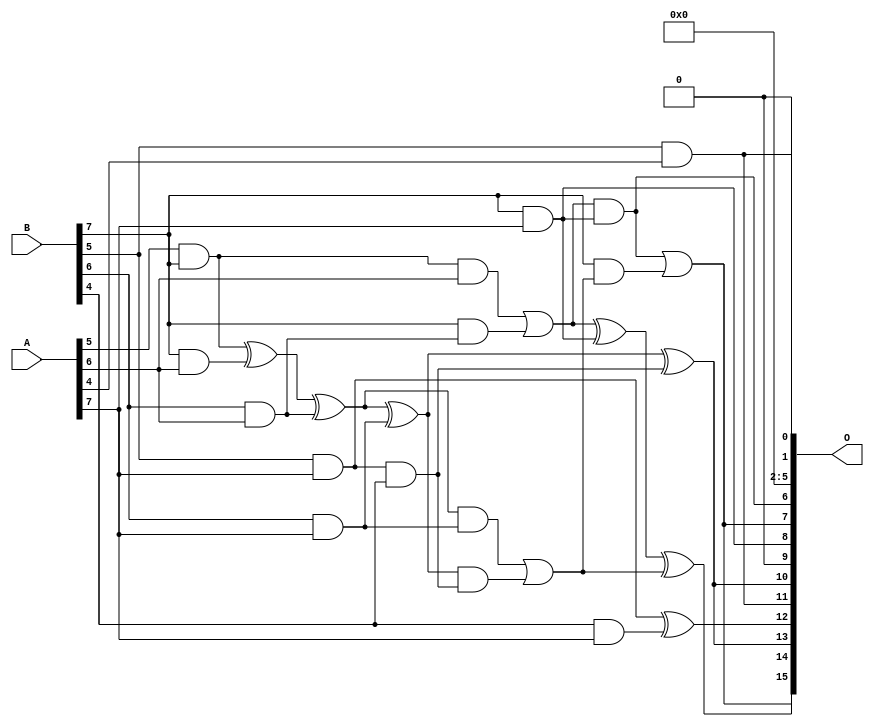
// This program was cloned from: https://github.com/ehw-fit/evoapproxlib
// License: MIT License

/***
* This code is a part of EvoApproxLib library (ehw.fit.vutbr.cz/approxlib) distributed under The MIT License.
* When used, please cite the following article(s): V. Mrazek, Z. Vasicek, L. Sekanina, H. Jiang and J. Han, "Scalable Construction of Approximate Multipliers With Formally Guaranteed Worst Case Error" in IEEE Transactions on Very Large Scale Integration (VLSI) Systems, vol. 26, no. 11, pp. 2572-2576, Nov. 2018. doi: 10.1109/TVLSI.2018.2856362 
* This file contains a circuit from a sub-set of pareto optimal circuits with respect to the pwr and mre parameters
***/
// MAE% = 0.000075 %
// MAE = 3230 
// WCE% = 0.00042 %
// WCE = 18075 
// WCRE% = 300.39 %
// EP% = 99.84 %
// MRE% = 0.0067 %
// MSE = 16238.254e3 
// PDK45_PWR = 1.648 mW
// PDK45_AREA = 2404.2 um2
// PDK45_DELAY = 2.44 ns

module mult8_cgp14zr_wc7391_rcam (
    A,
    B,
    O
);

input [7:0] A;
input [7:0] B;
output [15:0] O;

wire sig_242,sig_246,sig_251,sig_252,sig_253,sig_286,sig_288,sig_289,sig_290,sig_295,sig_296,sig_297,sig_298,sig_323,sig_324,sig_326,sig_327,sig_328,sig_329,sig_330;
wire sig_331,sig_332,sig_333,sig_334,sig_335;

assign sig_242 = A[5] & B[7];
assign sig_246 = sig_242 & A[6];
assign sig_251 = B[5] & A[4];
assign sig_252 = B[6] & A[6];
assign sig_253 = B[7] & A[6];
assign sig_286 = sig_242 ^ sig_253;
assign sig_288 = B[7] & sig_252;
assign sig_289 = sig_286 ^ sig_252;
assign sig_290 = sig_246 | sig_288;
assign sig_295 = B[4] & A[7];
assign sig_296 = B[5] & A[7];
assign sig_297 = B[6] & A[7];
assign sig_298 = B[7] & A[7];
assign sig_323 = sig_296 & B[4];
assign sig_324 = sig_296 ^ sig_295;
assign sig_326 = sig_289 ^ sig_297;
assign sig_327 = sig_289 & sig_297;
assign sig_328 = sig_326 & sig_323;
assign sig_329 = sig_326 ^ sig_323;
assign sig_330 = sig_327 | sig_328;
assign sig_331 = sig_290 ^ sig_298;
assign sig_332 = sig_290 & sig_298;
assign sig_333 = B[7] & sig_330;
assign sig_334 = sig_331 ^ sig_330;
assign sig_335 = sig_332 | sig_333;

assign O[15] = sig_335;
assign O[14] = sig_334;
assign O[13] = sig_329;
assign O[12] = sig_324;
assign O[11] = sig_251;
assign O[10] = sig_329;
assign O[9] = 1'b0;
assign O[8] = sig_298;
assign O[7] = sig_335;
assign O[6] = sig_332;
assign O[5] = 1'b0;
assign O[4] = 1'b0;
assign O[3] = 1'b0;
assign O[2] = 1'b0;
assign O[1] = sig_251;
assign O[0] = 1'b0;

endmodule

module mult8_cgp14ep_ep64716_wc26_csamrca (
    A,
    B,
    O
);

input [7:0] A;
input [7:0] B;
output [15:0] O;

wire sig_20,sig_21,sig_22,sig_23,sig_27,sig_28,sig_29,sig_30,sig_31,sig_38,sig_39,sig_40,sig_41,sig_42,sig_43,sig_44,sig_45,sig_48,sig_49,sig_50;
wire sig_51,sig_52,sig_53,sig_63,sig_64,sig_65,sig_69,sig_70,sig_71,sig_72,sig_73,sig_74,sig_75,sig_76,sig_77,sig_78,sig_79,sig_80,sig_81,sig_82;
wire sig_83,sig_84,sig_85,sig_87,sig_88,sig_91,sig_92,sig_93,sig_94,sig_95,sig_96,sig_103,sig_105,sig_107,sig_108,sig_109,sig_110,sig_111,sig_112,sig_113;
wire sig_114,sig_115,sig_116,sig_117,sig_118,sig_119,sig_120,sig_121,sig_122,sig_123,sig_124,sig_125,sig_126,sig_127,sig_128,sig_129,sig_130,sig_131,sig_132,sig_133;
wire sig_134,sig_135,sig_136,sig_137,sig_138,sig_139,sig_140,sig_141,sig_145,sig_146,sig_147,sig_148,sig_149,sig_150,sig_151,sig_152,sig_153,sig_154,sig_155,sig_156;
wire sig_157,sig_158,sig_159,sig_160,sig_161,sig_162,sig_163,sig_164,sig_165,sig_166,sig_167,sig_168,sig_169,sig_170,sig_171,sig_172,sig_173,sig_174,sig_175,sig_176;
wire sig_177,sig_178,sig_179,sig_180,sig_181,sig_182,sig_183,sig_184,sig_185,sig_186,sig_187,sig_188,sig_189,sig_190,sig_191,sig_192,sig_193,sig_194,sig_195,sig_196;
wire sig_197,sig_198,sig_199,sig_200,sig_201,sig_202,sig_203,sig_204,sig_205,sig_206,sig_207,sig_208,sig_209,sig_210,sig_211,sig_212,sig_213,sig_214,sig_215,sig_216;
wire sig_217,sig_218,sig_219,sig_220,sig_221,sig_222,sig_223,sig_224,sig_225,sig_226,sig_227,sig_228,sig_229,sig_230,sig_231,sig_232,sig_233,sig_234,sig_235,sig_236;
wire sig_237,sig_238,sig_239,sig_240,sig_241,sig_242,sig_243,sig_244,sig_245,sig_246,sig_247,sig_248,sig_249,sig_250,sig_251,sig_252,sig_253,sig_254,sig_255,sig_256;
wire sig_257,sig_258,sig_259,sig_260,sig_261,sig_262,sig_263,sig_264,sig_265,sig_266,sig_267,sig_268,sig_269,sig_270,sig_271,sig_272,sig_273,sig_274,sig_275,sig_276;
wire sig_277,sig_278,sig_279,sig_280,sig_281,sig_282,sig_283,sig_284,sig_285,sig_286,sig_287,sig_288,sig_289,sig_290,sig_291,sig_292,sig_293,sig_294,sig_295,sig_296;
wire sig_297,sig_298,sig_299,sig_300,sig_301,sig_302,sig_303,sig_304,sig_305,sig_306,sig_307,sig_308,sig_309,sig_310,sig_311,sig_312,sig_313,sig_314,sig_315,sig_316;
wire sig_317,sig_318,sig_319,sig_320,sig_321,sig_322,sig_323,sig_324,sig_325,sig_326,sig_327,sig_328,sig_329,sig_330,sig_331,sig_332,sig_333,sig_334,sig_335;

assign sig_20 = B[4] & A[0];
assign sig_21 = B[5] & A[0];
assign sig_22 = B[6] & A[0];
assign sig_23 = B[7] & A[0];
assign sig_27 = B[3] & A[1];
assign sig_28 = B[4] & A[1];
assign sig_29 = B[5] & A[1];
assign sig_30 = B[6] & A[1];
assign sig_31 = B[7] & A[1];
assign sig_38 = sig_20 | sig_27;
assign sig_39 = sig_20 & sig_27;
assign sig_40 = sig_21 ^ sig_28;
assign sig_41 = sig_21 & sig_28;
assign sig_42 = sig_22 ^ sig_29;
assign sig_43 = sig_22 & sig_29;
assign sig_44 = sig_23 ^ sig_30;
assign sig_45 = sig_23 & sig_30;
assign sig_48 = B[2] & A[2];
assign sig_49 = B[3] & A[2];
assign sig_50 = B[4] & A[2];
assign sig_51 = B[5] & A[2];
assign sig_52 = B[6] & A[2];
assign sig_53 = B[7] & A[2];
assign sig_63 = A[3] & B[1];
assign sig_64 = sig_38 | sig_48;
assign sig_65 = sig_38 & sig_48;
assign sig_69 = sig_40 ^ sig_49;
assign sig_70 = sig_40 & sig_49;
assign sig_71 = sig_69 & sig_39;
assign sig_72 = sig_69 ^ sig_39;
assign sig_73 = sig_70 | sig_71;
assign sig_74 = sig_42 ^ sig_50;
assign sig_75 = sig_42 & sig_50;
assign sig_76 = sig_74 & sig_41;
assign sig_77 = sig_74 ^ sig_41;
assign sig_78 = sig_75 | sig_76;
assign sig_79 = sig_44 ^ sig_51;
assign sig_80 = sig_44 & sig_51;
assign sig_81 = sig_79 & sig_43;
assign sig_82 = sig_79 ^ sig_43;
assign sig_83 = sig_80 | sig_81;
assign sig_84 = sig_31 ^ sig_52;
assign sig_85 = sig_31 & sig_52;
assign sig_87 = sig_84 ^ sig_45;
assign sig_88 = sig_85 | sig_45;
assign sig_91 = B[2] & A[3];
assign sig_92 = B[3] & A[3];
assign sig_93 = B[4] & A[3];
assign sig_94 = B[5] & A[3];
assign sig_95 = B[6] & A[3];
assign sig_96 = B[7] & A[3];
assign sig_103 = sig_64 & sig_63;
assign sig_105 = sig_64 | sig_63;
assign sig_107 = sig_72 ^ sig_91;
assign sig_108 = sig_72 & sig_91;
assign sig_109 = sig_107 & sig_65;
assign sig_110 = sig_107 ^ sig_65;
assign sig_111 = sig_108 | sig_109;
assign sig_112 = sig_77 ^ sig_92;
assign sig_113 = sig_77 & sig_92;
assign sig_114 = sig_112 & sig_73;
assign sig_115 = sig_112 ^ sig_73;
assign sig_116 = sig_113 | sig_114;
assign sig_117 = sig_82 ^ sig_93;
assign sig_118 = sig_82 & sig_93;
assign sig_119 = sig_117 & sig_78;
assign sig_120 = sig_117 ^ sig_78;
assign sig_121 = sig_118 | sig_119;
assign sig_122 = sig_87 ^ sig_94;
assign sig_123 = sig_87 & sig_94;
assign sig_124 = sig_122 & sig_83;
assign sig_125 = sig_122 ^ sig_83;
assign sig_126 = sig_123 | sig_124;
assign sig_127 = sig_53 ^ sig_95;
assign sig_128 = sig_53 & sig_95;
assign sig_129 = sig_127 & sig_88;
assign sig_130 = sig_127 ^ sig_88;
assign sig_131 = sig_128 | sig_129;
assign sig_132 = B[0] & A[4];
assign sig_133 = B[1] & A[4];
assign sig_134 = B[2] & A[4];
assign sig_135 = B[3] & A[4];
assign sig_136 = B[4] & A[4];
assign sig_137 = B[5] & A[4];
assign sig_138 = B[6] & A[4];
assign sig_139 = B[7] & A[4];
assign sig_140 = sig_105 ^ sig_132;
assign sig_141 = sig_105 & sig_132;
assign sig_145 = sig_110 ^ sig_133;
assign sig_146 = sig_110 & sig_133;
assign sig_147 = sig_145 & sig_103;
assign sig_148 = sig_145 ^ sig_103;
assign sig_149 = sig_146 | sig_147;
assign sig_150 = sig_115 ^ sig_134;
assign sig_151 = sig_115 & sig_134;
assign sig_152 = sig_150 & sig_111;
assign sig_153 = sig_150 ^ sig_111;
assign sig_154 = sig_151 | sig_152;
assign sig_155 = sig_120 ^ sig_135;
assign sig_156 = sig_120 & sig_135;
assign sig_157 = sig_155 & sig_116;
assign sig_158 = sig_155 ^ sig_116;
assign sig_159 = sig_156 | sig_157;
assign sig_160 = sig_125 ^ sig_136;
assign sig_161 = sig_125 & sig_136;
assign sig_162 = sig_160 & sig_121;
assign sig_163 = sig_160 ^ sig_121;
assign sig_164 = sig_161 | sig_162;
assign sig_165 = sig_130 ^ sig_137;
assign sig_166 = sig_130 & sig_137;
assign sig_167 = sig_165 & sig_126;
assign sig_168 = sig_165 ^ sig_126;
assign sig_169 = sig_166 | sig_167;
assign sig_170 = sig_96 ^ sig_138;
assign sig_171 = sig_96 & sig_138;
assign sig_172 = sig_170 & sig_131;
assign sig_173 = sig_170 ^ sig_131;
assign sig_174 = sig_171 | sig_172;
assign sig_175 = B[0] & A[5];
assign sig_176 = B[1] & A[5];
assign sig_177 = B[2] & A[5];
assign sig_178 = B[3] & A[5];
assign sig_179 = B[4] & A[5];
assign sig_180 = B[5] & A[5];
assign sig_181 = B[6] & A[5];
assign sig_182 = B[7] & A[5];
assign sig_183 = sig_148 ^ sig_175;
assign sig_184 = sig_148 & sig_175;
assign sig_185 = sig_183 & sig_141;
assign sig_186 = sig_183 ^ sig_141;
assign sig_187 = sig_184 | sig_185;
assign sig_188 = sig_153 ^ sig_176;
assign sig_189 = sig_153 & sig_176;
assign sig_190 = sig_188 & sig_149;
assign sig_191 = sig_188 ^ sig_149;
assign sig_192 = sig_189 | sig_190;
assign sig_193 = sig_158 ^ sig_177;
assign sig_194 = sig_158 & sig_177;
assign sig_195 = sig_193 & sig_154;
assign sig_196 = sig_193 ^ sig_154;
assign sig_197 = sig_194 | sig_195;
assign sig_198 = sig_163 ^ sig_178;
assign sig_199 = sig_163 & sig_178;
assign sig_200 = sig_198 & sig_159;
assign sig_201 = sig_198 ^ sig_159;
assign sig_202 = sig_199 | sig_200;
assign sig_203 = sig_168 ^ sig_179;
assign sig_204 = sig_168 & sig_179;
assign sig_205 = sig_203 & sig_164;
assign sig_206 = sig_203 ^ sig_164;
assign sig_207 = sig_204 | sig_205;
assign sig_208 = sig_173 ^ sig_180;
assign sig_209 = sig_173 & sig_180;
assign sig_210 = sig_208 & sig_169;
assign sig_211 = sig_208 ^ sig_169;
assign sig_212 = sig_209 | sig_210;
assign sig_213 = sig_139 ^ sig_181;
assign sig_214 = sig_139 & sig_181;
assign sig_215 = sig_213 & sig_174;
assign sig_216 = sig_213 ^ sig_174;
assign sig_217 = sig_214 | sig_215;
assign sig_218 = B[0] & A[6];
assign sig_219 = B[1] & A[6];
assign sig_220 = B[2] & A[6];
assign sig_221 = B[3] & A[6];
assign sig_222 = B[4] & A[6];
assign sig_223 = B[5] & A[6];
assign sig_224 = B[6] & A[6];
assign sig_225 = B[7] & A[6];
assign sig_226 = sig_191 ^ sig_218;
assign sig_227 = sig_191 & sig_218;
assign sig_228 = sig_226 & sig_187;
assign sig_229 = sig_226 ^ sig_187;
assign sig_230 = sig_227 | sig_228;
assign sig_231 = sig_196 ^ sig_219;
assign sig_232 = sig_196 & sig_219;
assign sig_233 = sig_231 & sig_192;
assign sig_234 = sig_231 ^ sig_192;
assign sig_235 = sig_232 | sig_233;
assign sig_236 = sig_201 ^ sig_220;
assign sig_237 = sig_201 & sig_220;
assign sig_238 = sig_236 & sig_197;
assign sig_239 = sig_236 ^ sig_197;
assign sig_240 = sig_237 | sig_238;
assign sig_241 = sig_206 ^ sig_221;
assign sig_242 = sig_206 & sig_221;
assign sig_243 = sig_241 & sig_202;
assign sig_244 = sig_241 ^ sig_202;
assign sig_245 = sig_242 | sig_243;
assign sig_246 = sig_211 ^ sig_222;
assign sig_247 = sig_211 & sig_222;
assign sig_248 = sig_246 & sig_207;
assign sig_249 = sig_246 ^ sig_207;
assign sig_250 = sig_247 | sig_248;
assign sig_251 = sig_216 ^ sig_223;
assign sig_252 = sig_216 & sig_223;
assign sig_253 = sig_251 & sig_212;
assign sig_254 = sig_251 ^ sig_212;
assign sig_255 = sig_252 | sig_253;
assign sig_256 = sig_182 ^ sig_224;
assign sig_257 = sig_182 & sig_224;
assign sig_258 = sig_256 & sig_217;
assign sig_259 = sig_256 ^ sig_217;
assign sig_260 = sig_257 | sig_258;
assign sig_261 = B[0] & A[7];
assign sig_262 = B[1] & A[7];
assign sig_263 = B[2] & A[7];
assign sig_264 = B[3] & A[7];
assign sig_265 = B[4] & A[7];
assign sig_266 = B[5] & A[7];
assign sig_267 = B[6] & A[7];
assign sig_268 = B[7] & A[7];
assign sig_269 = sig_234 ^ sig_261;
assign sig_270 = sig_234 & sig_261;
assign sig_271 = sig_269 & sig_230;
assign sig_272 = sig_269 ^ sig_230;
assign sig_273 = sig_270 | sig_271;
assign sig_274 = sig_239 ^ sig_262;
assign sig_275 = sig_239 & sig_262;
assign sig_276 = sig_274 & sig_235;
assign sig_277 = sig_274 ^ sig_235;
assign sig_278 = sig_275 | sig_276;
assign sig_279 = sig_244 ^ sig_263;
assign sig_280 = sig_244 & sig_263;
assign sig_281 = sig_279 & sig_240;
assign sig_282 = sig_279 ^ sig_240;
assign sig_283 = sig_280 | sig_281;
assign sig_284 = sig_249 ^ sig_264;
assign sig_285 = sig_249 & sig_264;
assign sig_286 = sig_284 & sig_245;
assign sig_287 = sig_284 ^ sig_245;
assign sig_288 = sig_285 | sig_286;
assign sig_289 = sig_254 ^ sig_265;
assign sig_290 = sig_254 & sig_265;
assign sig_291 = sig_289 & sig_250;
assign sig_292 = sig_289 ^ sig_250;
assign sig_293 = sig_290 | sig_291;
assign sig_294 = sig_259 ^ sig_266;
assign sig_295 = sig_259 & sig_266;
assign sig_296 = sig_294 & sig_255;
assign sig_297 = sig_294 ^ sig_255;
assign sig_298 = sig_295 | sig_296;
assign sig_299 = sig_225 ^ sig_267;
assign sig_300 = sig_225 & sig_267;
assign sig_301 = sig_299 & sig_260;
assign sig_302 = sig_299 ^ sig_260;
assign sig_303 = sig_300 | sig_301;
assign sig_304 = sig_277 ^ sig_273;
assign sig_305 = sig_277 & sig_273;
assign sig_306 = sig_282 ^ sig_278;
assign sig_307 = sig_282 & sig_278;
assign sig_308 = sig_306 & sig_305;
assign sig_309 = sig_306 ^ sig_305;
assign sig_310 = sig_307 | sig_308;
assign sig_311 = sig_287 ^ sig_283;
assign sig_312 = sig_287 & sig_283;
assign sig_313 = sig_311 & sig_310;
assign sig_314 = sig_311 ^ sig_310;
assign sig_315 = sig_312 | sig_313;
assign sig_316 = sig_292 ^ sig_288;
assign sig_317 = sig_292 & sig_288;
assign sig_318 = sig_316 & sig_315;
assign sig_319 = sig_316 ^ sig_315;
assign sig_320 = sig_317 | sig_318;
assign sig_321 = sig_297 ^ sig_293;
assign sig_322 = sig_297 & sig_293;
assign sig_323 = sig_321 & sig_320;
assign sig_324 = sig_321 ^ sig_320;
assign sig_325 = sig_322 | sig_323;
assign sig_326 = sig_302 ^ sig_298;
assign sig_327 = sig_302 & sig_298;
assign sig_328 = sig_326 & sig_325;
assign sig_329 = sig_326 ^ sig_325;
assign sig_330 = sig_327 | sig_328;
assign sig_331 = sig_268 ^ sig_303;
assign sig_332 = A[7] & sig_303;
assign sig_333 = sig_331 & sig_330;
assign sig_334 = sig_331 ^ sig_330;
assign sig_335 = sig_332 | sig_333;

assign O[15] = sig_335;
assign O[14] = sig_334;
assign O[13] = sig_329;
assign O[12] = sig_324;
assign O[11] = sig_319;
assign O[10] = sig_314;
assign O[9] = sig_309;
assign O[8] = sig_304;
assign O[7] = sig_272;
assign O[6] = sig_229;
assign O[5] = sig_186;
assign O[4] = sig_140;
assign O[3] = sig_105;
assign O[2] = sig_132;
assign O[1] = sig_218;
assign O[0] = 1'b0;

endmodule



module mul8_364(A, B, O);
  input [7:0] A;
  input [7:0] B;
  output [15:0] O;
  wire [2031:0] N;

  assign N[0] = A[0];
  assign N[1] = A[0];
  assign N[2] = A[1];
  assign N[3] = A[1];
  assign N[4] = A[2];
  assign N[5] = A[2];
  assign N[6] = A[3];
  assign N[7] = A[3];
  assign N[8] = A[4];
  assign N[9] = A[4];
  assign N[10] = A[5];
  assign N[11] = A[5];
  assign N[12] = A[6];
  assign N[13] = A[6];
  assign N[14] = A[7];
  assign N[15] = A[7];
  assign N[16] = B[0];
  assign N[17] = B[0];
  assign N[18] = B[1];
  assign N[19] = B[1];
  assign N[20] = B[2];
  assign N[21] = B[2];
  assign N[22] = B[3];
  assign N[23] = B[3];
  assign N[24] = B[4];
  assign N[25] = B[4];
  assign N[26] = B[5];
  assign N[27] = B[5];
  assign N[28] = B[6];
  assign N[29] = B[6];
  assign N[30] = B[7];
  assign N[31] = B[7];

  PDKGENAND2X1 n32(.A(N[0]), .B(N[16]), .Y(N[32]));
  PDKGENAND2X1 n48(.A(N[2]), .B(N[16]), .Y(N[48]));
  PDKGENAND2X1 n64(.A(N[4]), .B(N[16]), .Y(N[64]));
  PDKGENAND2X1 n82(.A(N[6]), .B(N[16]), .Y(N[82]));
  PDKGENAND2X1 n98(.A(N[8]), .B(N[16]), .Y(N[98]));
  PDKGENAND2X1 n114(.A(N[10]), .B(N[16]), .Y(N[114]));
  PDKGENAND2X1 n132(.A(N[12]), .B(N[16]), .Y(N[132]));
  PDKGENAND2X1 n148(.A(N[14]), .B(N[16]), .Y(N[148]));
  assign N[149] = N[148];
  PDKGENAND2X1 n164(.A(N[0]), .B(N[18]), .Y(N[164]));
  PDKGENBUFX2 n166(.A(N[149]), .Y(N[166]));
  assign N[167] = N[166];
  PDKGENAND2X1 n182(.A(N[2]), .B(N[18]), .Y(N[182]));
  PDKGENAND2X1 n198(.A(N[4]), .B(N[18]), .Y(N[198]));
  PDKGENAND2X1 n214(.A(N[6]), .B(N[18]), .Y(N[214]));
  PDKGENAND2X1 n232(.A(N[8]), .B(N[18]), .Y(N[232]));
  PDKGENAND2X1 n248(.A(N[10]), .B(N[18]), .Y(N[248]));
  PDKGENAND2X1 n264(.A(N[12]), .B(N[18]), .Y(N[264]));
  PDKGENAND2X1 n282(.A(N[14]), .B(N[18]), .Y(N[282]));
  PDKGENHAX1 n298(.A(N[48]), .B(N[164]), .YS(N[298]), .YC(N[299]));
  PDKGENHAX1 n314(.A(N[64]), .B(N[182]), .YS(N[314]), .YC(N[315]));
  PDKGENHAX1 n332(.A(N[82]), .B(N[198]), .YS(N[332]), .YC(N[333]));
  PDKGENHAX1 n348(.A(N[98]), .B(N[214]), .YS(N[348]), .YC(N[349]));
  PDKGENHAX1 n364(.A(N[114]), .B(N[232]), .YS(N[364]), .YC(N[365]));
  PDKGENHAX1 n382(.A(N[132]), .B(N[248]), .YS(N[382]), .YC(N[383]));
  PDKGENHAX1 n398(.A(N[167]), .B(N[264]), .YS(N[398]), .YC(N[399]));
  PDKGENAND2X1 n414(.A(N[0]), .B(N[20]), .Y(N[414]));
  PDKGENAND2X1 n432(.A(N[2]), .B(N[20]), .Y(N[432]));
  PDKGENAND2X1 n448(.A(N[4]), .B(N[20]), .Y(N[448]));
  PDKGENAND2X1 n464(.A(N[6]), .B(N[20]), .Y(N[464]));
  PDKGENAND2X1 n482(.A(N[8]), .B(N[20]), .Y(N[482]));
  PDKGENAND2X1 n498(.A(N[10]), .B(N[20]), .Y(N[498]));
  PDKGENAND2X1 n514(.A(N[12]), .B(N[20]), .Y(N[514]));
  PDKGENAND2X1 n532(.A(N[14]), .B(N[20]), .Y(N[532]));
  PDKGENFAX1 n548(.A(N[314]), .B(N[414]), .C(N[299]), .YS(N[548]), .YC(N[549]));
  PDKGENFAX1 n564(.A(N[332]), .B(N[432]), .C(N[315]), .YS(N[564]), .YC(N[565]));
  PDKGENFAX1 n582(.A(N[348]), .B(N[448]), .C(N[333]), .YS(N[582]), .YC(N[583]));
  PDKGENFAX1 n598(.A(N[364]), .B(N[464]), .C(N[349]), .YS(N[598]), .YC(N[599]));
  PDKGENFAX1 n614(.A(N[382]), .B(N[482]), .C(N[365]), .YS(N[614]), .YC(N[615]));
  PDKGENFAX1 n632(.A(N[398]), .B(N[498]), .C(N[383]), .YS(N[632]), .YC(N[633]));
  PDKGENFAX1 n648(.A(N[282]), .B(N[514]), .C(N[399]), .YS(N[648]), .YC(N[649]));
  PDKGENAND2X1 n664(.A(N[0]), .B(N[22]), .Y(N[664]));
  PDKGENAND2X1 n682(.A(N[2]), .B(N[22]), .Y(N[682]));
  PDKGENAND2X1 n698(.A(N[4]), .B(N[22]), .Y(N[698]));
  PDKGENAND2X1 n714(.A(N[6]), .B(N[22]), .Y(N[714]));
  PDKGENAND2X1 n732(.A(N[8]), .B(N[22]), .Y(N[732]));
  PDKGENAND2X1 n748(.A(N[10]), .B(N[22]), .Y(N[748]));
  PDKGENAND2X1 n764(.A(N[12]), .B(N[22]), .Y(N[764]));
  PDKGENAND2X1 n782(.A(N[14]), .B(N[22]), .Y(N[782]));
  PDKGENFAX1 n798(.A(N[564]), .B(N[664]), .C(N[549]), .YS(N[798]), .YC(N[799]));
  PDKGENFAX1 n814(.A(N[582]), .B(N[682]), .C(N[565]), .YS(N[814]), .YC(N[815]));
  PDKGENFAX1 n832(.A(N[598]), .B(N[698]), .C(N[583]), .YS(N[832]), .YC(N[833]));
  PDKGENFAX1 n848(.A(N[614]), .B(N[714]), .C(N[599]), .YS(N[848]), .YC(N[849]));
  PDKGENFAX1 n864(.A(N[632]), .B(N[732]), .C(N[615]), .YS(N[864]), .YC(N[865]));
  PDKGENFAX1 n882(.A(N[648]), .B(N[748]), .C(N[633]), .YS(N[882]), .YC(N[883]));
  PDKGENFAX1 n898(.A(N[532]), .B(N[764]), .C(N[649]), .YS(N[898]), .YC(N[899]));
  PDKGENAND2X1 n914(.A(N[0]), .B(N[24]), .Y(N[914]));
  PDKGENAND2X1 n932(.A(N[2]), .B(N[24]), .Y(N[932]));
  PDKGENAND2X1 n948(.A(N[4]), .B(N[24]), .Y(N[948]));
  PDKGENAND2X1 n964(.A(N[6]), .B(N[24]), .Y(N[964]));
  PDKGENAND2X1 n982(.A(N[8]), .B(N[24]), .Y(N[982]));
  PDKGENAND2X1 n998(.A(N[10]), .B(N[24]), .Y(N[998]));
  PDKGENAND2X1 n1014(.A(N[12]), .B(N[24]), .Y(N[1014]));
  PDKGENAND2X1 n1032(.A(N[14]), .B(N[24]), .Y(N[1032]));
  PDKGENFAX1 n1048(.A(N[814]), .B(N[914]), .C(N[799]), .YS(N[1048]), .YC(N[1049]));
  PDKGENFAX1 n1064(.A(N[832]), .B(N[932]), .C(N[815]), .YS(N[1064]), .YC(N[1065]));
  PDKGENFAX1 n1082(.A(N[848]), .B(N[948]), .C(N[833]), .YS(N[1082]), .YC(N[1083]));
  PDKGENFAX1 n1098(.A(N[864]), .B(N[964]), .C(N[849]), .YS(N[1098]), .YC(N[1099]));
  PDKGENFAX1 n1114(.A(N[882]), .B(N[982]), .C(N[865]), .YS(N[1114]), .YC(N[1115]));
  PDKGENFAX1 n1132(.A(N[898]), .B(N[998]), .C(N[883]), .YS(N[1132]), .YC(N[1133]));
  PDKGENFAX1 n1148(.A(N[782]), .B(N[1014]), .C(N[899]), .YS(N[1148]), .YC(N[1149]));
  PDKGENAND2X1 n1164(.A(N[0]), .B(N[26]), .Y(N[1164]));
  PDKGENAND2X1 n1182(.A(N[2]), .B(N[26]), .Y(N[1182]));
  PDKGENAND2X1 n1198(.A(N[4]), .B(N[26]), .Y(N[1198]));
  PDKGENAND2X1 n1214(.A(N[6]), .B(N[26]), .Y(N[1214]));
  PDKGENAND2X1 n1232(.A(N[8]), .B(N[26]), .Y(N[1232]));
  PDKGENAND2X1 n1248(.A(N[10]), .B(N[26]), .Y(N[1248]));
  PDKGENAND2X1 n1264(.A(N[12]), .B(N[26]), .Y(N[1264]));
  PDKGENAND2X1 n1282(.A(N[14]), .B(N[26]), .Y(N[1282]));
  PDKGENFAX1 n1298(.A(N[1064]), .B(N[1164]), .C(N[1049]), .YS(N[1298]), .YC(N[1299]));
  PDKGENFAX1 n1314(.A(N[1082]), .B(N[1182]), .C(N[1065]), .YS(N[1314]), .YC(N[1315]));
  PDKGENFAX1 n1332(.A(N[1098]), .B(N[1198]), .C(N[1083]), .YS(N[1332]), .YC(N[1333]));
  PDKGENFAX1 n1348(.A(N[1114]), .B(N[1214]), .C(N[1099]), .YS(N[1348]), .YC(N[1349]));
  PDKGENFAX1 n1364(.A(N[1132]), .B(N[1232]), .C(N[1115]), .YS(N[1364]), .YC(N[1365]));
  PDKGENFAX1 n1382(.A(N[1148]), .B(N[1248]), .C(N[1133]), .YS(N[1382]), .YC(N[1383]));
  PDKGENFAX1 n1398(.A(N[1032]), .B(N[1264]), .C(N[1149]), .YS(N[1398]), .YC(N[1399]));
  PDKGENAND2X1 n1414(.A(N[0]), .B(N[28]), .Y(N[1414]));
  PDKGENAND2X1 n1432(.A(N[2]), .B(N[28]), .Y(N[1432]));
  PDKGENAND2X1 n1448(.A(N[4]), .B(N[28]), .Y(N[1448]));
  PDKGENAND2X1 n1464(.A(N[6]), .B(N[28]), .Y(N[1464]));
  PDKGENAND2X1 n1482(.A(N[8]), .B(N[28]), .Y(N[1482]));
  PDKGENAND2X1 n1498(.A(N[10]), .B(N[28]), .Y(N[1498]));
  PDKGENAND2X1 n1514(.A(N[12]), .B(N[28]), .Y(N[1514]));
  PDKGENAND2X1 n1532(.A(N[14]), .B(N[28]), .Y(N[1532]));
  PDKGENFAX1 n1548(.A(N[1314]), .B(N[1414]), .C(N[1299]), .YS(N[1548]), .YC(N[1549]));
  PDKGENFAX1 n1564(.A(N[1332]), .B(N[1432]), .C(N[1315]), .YS(N[1564]), .YC(N[1565]));
  PDKGENFAX1 n1582(.A(N[1348]), .B(N[1448]), .C(N[1333]), .YS(N[1582]), .YC(N[1583]));
  PDKGENFAX1 n1598(.A(N[1364]), .B(N[1464]), .C(N[1349]), .YS(N[1598]), .YC(N[1599]));
  PDKGENFAX1 n1614(.A(N[1382]), .B(N[1482]), .C(N[1365]), .YS(N[1614]), .YC(N[1615]));
  PDKGENFAX1 n1632(.A(N[1398]), .B(N[1498]), .C(N[1383]), .YS(N[1632]), .YC(N[1633]));
  PDKGENFAX1 n1648(.A(N[1282]), .B(N[1514]), .C(N[1399]), .YS(N[1648]), .YC(N[1649]));
  PDKGENAND2X1 n1664(.A(N[0]), .B(N[30]), .Y(N[1664]));
  PDKGENAND2X1 n1682(.A(N[2]), .B(N[30]), .Y(N[1682]));
  PDKGENAND2X1 n1698(.A(N[4]), .B(N[30]), .Y(N[1698]));
  PDKGENAND2X1 n1714(.A(N[6]), .B(N[30]), .Y(N[1714]));
  PDKGENAND2X1 n1732(.A(N[8]), .B(N[30]), .Y(N[1732]));
  PDKGENAND2X1 n1748(.A(N[10]), .B(N[30]), .Y(N[1748]));
  PDKGENAND2X1 n1764(.A(N[12]), .B(N[30]), .Y(N[1764]));
  PDKGENAND2X1 n1782(.A(N[14]), .B(N[30]), .Y(N[1782]));
  PDKGENFAX1 n1798(.A(N[1564]), .B(N[1664]), .C(N[1549]), .YS(N[1798]), .YC(N[1799]));
  PDKGENFAX1 n1814(.A(N[1582]), .B(N[1682]), .C(N[1565]), .YS(N[1814]), .YC(N[1815]));
  PDKGENFAX1 n1832(.A(N[1598]), .B(N[1698]), .C(N[1583]), .YS(N[1832]), .YC(N[1833]));
  PDKGENFAX1 n1848(.A(N[1614]), .B(N[1714]), .C(N[1599]), .YS(N[1848]), .YC(N[1849]));
  PDKGENFAX1 n1864(.A(N[1632]), .B(N[1732]), .C(N[1615]), .YS(N[1864]), .YC(N[1865]));
  PDKGENFAX1 n1882(.A(N[1648]), .B(N[1748]), .C(N[1633]), .YS(N[1882]), .YC(N[1883]));
  PDKGENFAX1 n1898(.A(N[1532]), .B(N[1764]), .C(N[1649]), .YS(N[1898]), .YC(N[1899]));
  PDKGENHAX1 n1914(.A(N[1814]), .B(N[1799]), .YS(N[1914]), .YC(N[1915]));
  PDKGENFAX1 n1932(.A(N[1832]), .B(N[1815]), .C(N[1915]), .YS(N[1932]), .YC(N[1933]));
  PDKGENFAX1 n1948(.A(N[1848]), .B(N[1833]), .C(N[1933]), .YS(N[1948]), .YC(N[1949]));
  PDKGENFAX1 n1964(.A(N[1864]), .B(N[1849]), .C(N[1949]), .YS(N[1964]), .YC(N[1965]));
  PDKGENFAX1 n1982(.A(N[1882]), .B(N[1865]), .C(N[1965]), .YS(N[1982]), .YC(N[1983]));
  PDKGENFAX1 n1998(.A(N[1898]), .B(N[1883]), .C(N[1983]), .YS(N[1998]), .YC(N[1999]));
  PDKGENFAX1 n2014(.A(N[1782]), .B(N[1899]), .C(N[1999]), .YS(N[2014]), .YC(N[2015]));

  assign O[0] = N[32];
  assign O[1] = N[298];
  assign O[2] = N[548];
  assign O[3] = N[798];
  assign O[4] = N[1048];
  assign O[5] = N[1298];
  assign O[6] = N[1548];
  assign O[7] = N[1798];
  assign O[8] = N[1914];
  assign O[9] = N[1932];
  assign O[10] = N[1948];
  assign O[11] = N[1964];
  assign O[12] = N[1982];
  assign O[13] = N[1998];
  assign O[14] = N[2014];
  assign O[15] = N[2015];

endmodule

module CLA32bit(a,b,c_in,sum,c_out);

input [31:0]a,b;
input c_in;
output [31:0]sum;
output c_out;

wire [31:0] sum_out,  p,  g;
wire [7:0] PPP, GGG;
wire [8:0] CC;

assign p[31:0] = a[31:0] ^ b[31:0];
assign g[31:0] = a[31:0] & b[31:0];

assign PPP[0]= p [3] & p [2] & p [1] & p [0];
assign PPP[1]= p [7] & p [6] & p [5] & p [4];
assign PPP[2]= p[11] & p[10] & p [9] & p [8];
assign PPP[3]= p[15] & p[14] & p[13] & p[12];
assign PPP[4]= p[19] & p[18] & p[17] & p[16];
assign PPP[5]= p[23] & p[22] & p[21] & p[20];
assign PPP[6]= p[27] & p[26] & p[25] & p[24];
assign PPP[7]= p[31] & p[30] & p[29] & p[28];

assign GGG[0]= g[3]  | (p [3] & g [2])  | (p [3] & p [2] & g [1])  | (p [3] & p [2] & p [1] & g [0]) ;
assign GGG[1]= g[7]  | (p [7] & g [6])  | (p [7] & p [6] & g [5])  | (p [7] & p [6] & p [5] & g [4]);
assign GGG[2]= g[11] | (p[11] & g[10])  | (p[11] & p[10] & g [9])  | (p[11] & p[10] & p [9] & g [8]);
assign GGG[3]= g[15] | (p[15] & g[14])  | (p[15] & p[14] & g[13])  | (p[15] & p[14] & p[13] & g[12]);
assign GGG[4]= g[19] | (p[19] & g[18])  | (p[19] & p[18] & g[17])  | (p[19] & p[18] & p[17] & g[16]);
assign GGG[5]= g[23] | (p[23] & g[22])  | (p[23] & p[22] & g[21])  | (p[23] & p[22] & p[21] & g[20]);
assign GGG[6]= g[27] | (p[27] & g[26])  | (p[27] & p[26] & g[25])  | (p[27] & p[26] & p[25] & g[24]);
assign GGG[7]= g[31] | (p[31] & g[30])  | (p[31] & p[30] & g[29])  | (p[31] & p[30] & p[29] & g[28]);
assign CC[0] = c_in;
assign CC[1] = GGG[0]  |  PPP[0]&  CC[0];
assign CC[2] = GGG[1]  |  PPP[1]&GGG[0]  |  PPP[1]&PPP[0]&  CC[0];
assign CC[3] = GGG[2]  |  PPP[2]&GGG[1]  |  PPP[2]&PPP[1]&GGG[0]  |  PPP[2]&PPP[1]&PPP[0]&  CC[0];
assign CC[4] = GGG[3]  |  PPP[3]&GGG[2]  |  PPP[3]&PPP[2]&GGG[1]  |  PPP[3]&PPP[2]&PPP[1]&GGG[0]  |  PPP[3]&PPP[2]&PPP[1]&PPP[0]&  CC[0];
assign CC[5] = GGG[4]  |  PPP[4]&GGG[3]  |  PPP[4]&PPP[3]&GGG[2]  |  PPP[4]&PPP[3]&PPP[2]&GGG[1]  |  PPP[4]&PPP[3]&PPP[2]&PPP[1]&GGG[0] |  PPP[4]&PPP[3]&PPP[2]&PPP[1]&PPP[0]&  CC[0];
assign CC[6] = GGG[5]  |  PPP[5]&GGG[4]  |  PPP[5]&PPP[4]&GGG[3]  |  PPP[5]&PPP[4]&PPP[3]&GGG[2]  |  PPP[5]&PPP[4]&PPP[3]&PPP[2]&GGG[1] |  PPP[5]&PPP[4]&PPP[3]&PPP[2]&PPP[1]&GGG[0] |  PPP[5]&PPP[4]&PPP[3]&PPP[2]&PPP[1]&PPP[0]& CC[0];
assign CC[7] = GGG[6]  | PPP[6]&GGG[5]  |  PPP[6]&PPP[5]&GGG[4]  |  PPP[6]&PPP[5]&PPP[4]&GGG[3]  |  PPP[6]&PPP[5]&PPP[4]&PPP[3]&GGG[2]  |  PPP[6]&PPP[5]&PPP[4]&PPP[3]&PPP[2]&GGG[1] |  PPP[6]&PPP[5]&PPP[4]&PPP[3]&PPP[2]&PPP[1]&GGG[0] |  PPP[6]&PPP[5]&PPP[4]&PPP[3]&PPP[2]&PPP[1]&PPP[0] & CC[0];
assign CC[8] = GGG[7] | PPP[7]&GGG[6]  | PPP[7]&PPP[6]&GGG[5]  |  PPP[7]&PPP[6]&PPP[5]&GGG[4]  |  PPP[7]&PPP[6]&PPP[5]&PPP[4]&GGG[3]  |  PPP[7]&PPP[6]&PPP[5]&PPP[4]&PPP[3]&GGG[2]  |  PPP[7]&PPP[6]&PPP[5]&PPP[4]&PPP[3]&PPP[2]&GGG[1] |  PPP[7]&PPP[6]&PPP[5]&PPP[4]&PPP[3]&PPP[2]&PPP[1]&GGG[0] |  PPP[7]&PPP[6]&PPP[5]&PPP[4]&PPP[3]&PPP[2]&PPP[1]&PPP[0] & CC[0];
cla_4bit cla4bit1(.aa(a  [3:0]),  .bb(b  [3:0]),  .cin(CC[0]),   .pp(p  [3:0]),  .gg(g  [3:0]),   .summ(sum  [3:0]));
cla_4bit cla4bit2(.aa(a  [7:4]),  .bb(b  [7:4]),  .cin(CC[1]),   .pp(p  [7:4]),  .gg(g  [7:4]),   .summ(sum  [7:4]));
cla_4bit cla4bit3(.aa(a [11:8]),  .bb(b [11:8]),  .cin(CC[2]),   .pp(p [11:8]),  .gg(g [11:8]),   .summ(sum [11:8]));
cla_4bit cla4bit4(.aa(a[15:12]),  .bb(b[15:12]),  .cin(CC[3]),   .pp(p[15:12]),  .gg(g[15:12]),   .summ(sum[15:12]));
cla_4bit cla4bit5(.aa(a[19:16]),  .bb(b[19:16]),  .cin(CC[4]),   .pp(p[19:16]),  .gg(g[19:16]),   .summ(sum[19:16]));
cla_4bit cla4bit6(.aa(a[23:20]),  .bb(b[23:20]),  .cin(CC[5]),   .pp(p[23:20]),  .gg(g[23:20]),   .summ(sum[23:20]));
cla_4bit cla4bit7(.aa(a[27:24]),  .bb(b[27:24]),  .cin(CC[6]),   .pp(p[27:24]),  .gg(g[27:24]),   .summ(sum[27:24]));
cla_4bit cla4bit8(.aa(a[31:28]),  .bb(b[31:28]),  .cin(CC[7]),   .pp(p[31:28]),  .gg(g[31:28]),   .summ(sum[31:28]));

assign c_out=CC[8];

endmodule
module cla_4bit(aa,bb,cin,summ,pp,gg);
input  [3:0] aa,bb,pp,gg;  
input cin;
output [3:0] summ;

wire [3:0] c;

   assign c[0] = cin;
   assign c[1] = gg[0] | (pp[0] & c[0]);
   assign c[2] = gg[1] | (pp[1] & gg[0]) | (pp[1] & pp[0] & c[0]);
   assign c[3] = gg[2] | (pp[2] & gg[1]) | (pp[2] & pp[1] & gg[0])| (pp[2] & pp[1] & pp[0] & c[0]);

   assign summ[3:0] = pp[3:0]  ^  c[3:0];
endmodule

`timescale 1ns/100ps
module mul16u_F6B ( input[15:0] A,
                   input[15:0] B,
                   output [31:0] O
                 );

wire [15:0] ll,lh,hl,hh;
wire [31:0] llhhlh_sum;
wire [31:0] shifted_llhh, shifted_lh, shifted_hl;

localparam MAX1 = 15;
localparam MIN1 = 8;

localparam MAX2 = 7;
localparam MIN2 = 0;

mult8_cgp14zr_wc7391_rcam LxL (.A(A[MAX2:MIN2]), .B(B[MAX2:MIN2]), .O(ll));
mult8_cgp14ep_ep64716_wc26_csamrca HxL (.A(A[MAX1:MIN1]), .B(B[MAX2:MIN2]), .O(hl));
mult8_cgp14ep_ep64716_wc26_csamrca LxH (.A(A[MAX2:MIN2]), .B(B[MAX1:MIN1]), .O(lh));
mul8_364 HxH (.A(A[MAX1:MIN1]), .B(B[MAX1:MIN1]), .O(hh));

assign shifted_llhh = { hh, ll }; 
assign shifted_lh = { {8{1'b0}}, lh, {8{1'b0}}}; 
assign shifted_hl = { {8{1'b0}}, hl, {8{1'b0}}};
CLA32bit LLHHLH (.a(shifted_llhh), .b(shifted_lh), .c_in(1'b0), .sum(llhhlh_sum), .c_out());
CLA32bit SUMO (.a(llhhlh_sum), .b(shifted_hl), .c_in(1'b0), .sum(O), .c_out());

endmodule


/* mod */
module PDKGENFAX1( input A, input B, input C, output YS, output YC );
    assign YS = (A ^ B) ^ C;
    assign YC = (A & B) | (B & C) | (A & C);
endmodule
/* mod */
module PDKGENHAX1( input A, input B, output YS, output YC );
    assign YS = A ^ B;
    assign YC = A & B;
endmodule
/* mod */
module PDKGENAND2X1(input A, input B, output Y );
     assign Y = A & B;
endmodule
/* mod */
module PDKGENBUFX2(input A, output Y );
     assign Y = A;
endmodule